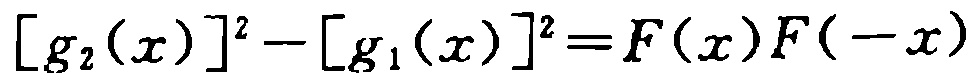
\[

\left[g_{2}(x)\right]^{2}-\left[g_{1}(x)\right]^{2}=F(x)F(-x)

\]